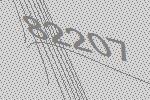
82207